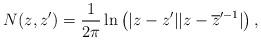
LaTeX: \begin{align*}N(z,z') = \frac{1}{2\pi}\ln \left( |z-z'||z- \overline{z}'^{-1} | \right),\end{align*}